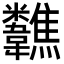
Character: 𩏷